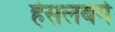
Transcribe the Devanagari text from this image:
हेसलबर्ग